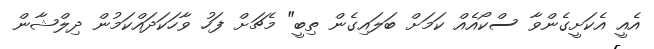
އެއީ އެކަށީގެންވާ ސްކޯއެއް ކަމަށް ބަލައިގެން ތިބީ" މެޗަށް ފަހު ވާހަކަދައްކަމުން ދިލްޝާން